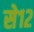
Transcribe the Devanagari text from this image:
से१२